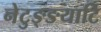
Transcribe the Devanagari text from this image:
नेटुङ्ङयाटि